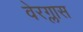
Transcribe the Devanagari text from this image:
वेरग्लास